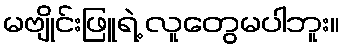
မဗျိုင်းဖြူရဲ့ လူတွေမပါဘူး။